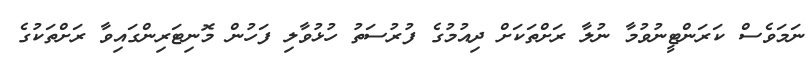
ނަމަވެސް ކަރަންޓީނުވުމާ ނުލާ ރަށްތަކަށް ދިއުމުގެ ފުރުސަތު ހުޅުވާލި ފަހުން މޮނިޓަރިންގައިވާ ރަށްތަކުގެ